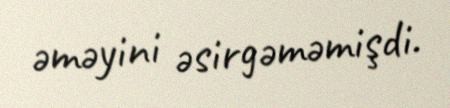
əməyini əsirgəməmişdi.